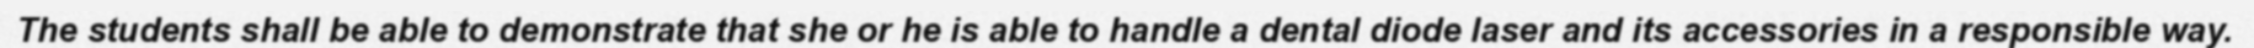
The students shall be able to demonstrate that she or he is able to handle a dental diode laser and its accessories in a responsible way.